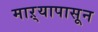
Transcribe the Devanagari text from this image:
माऱ्यापासून